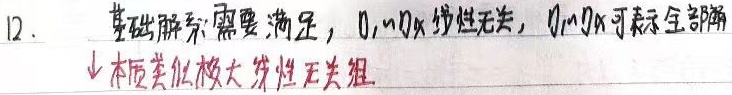
12. 基础解系需要满足：\textcircled{1} 线性无关；\textcircled{2} 可以表示全部解。↓ 本质类似极大线性无关组